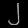
Digit: ၂